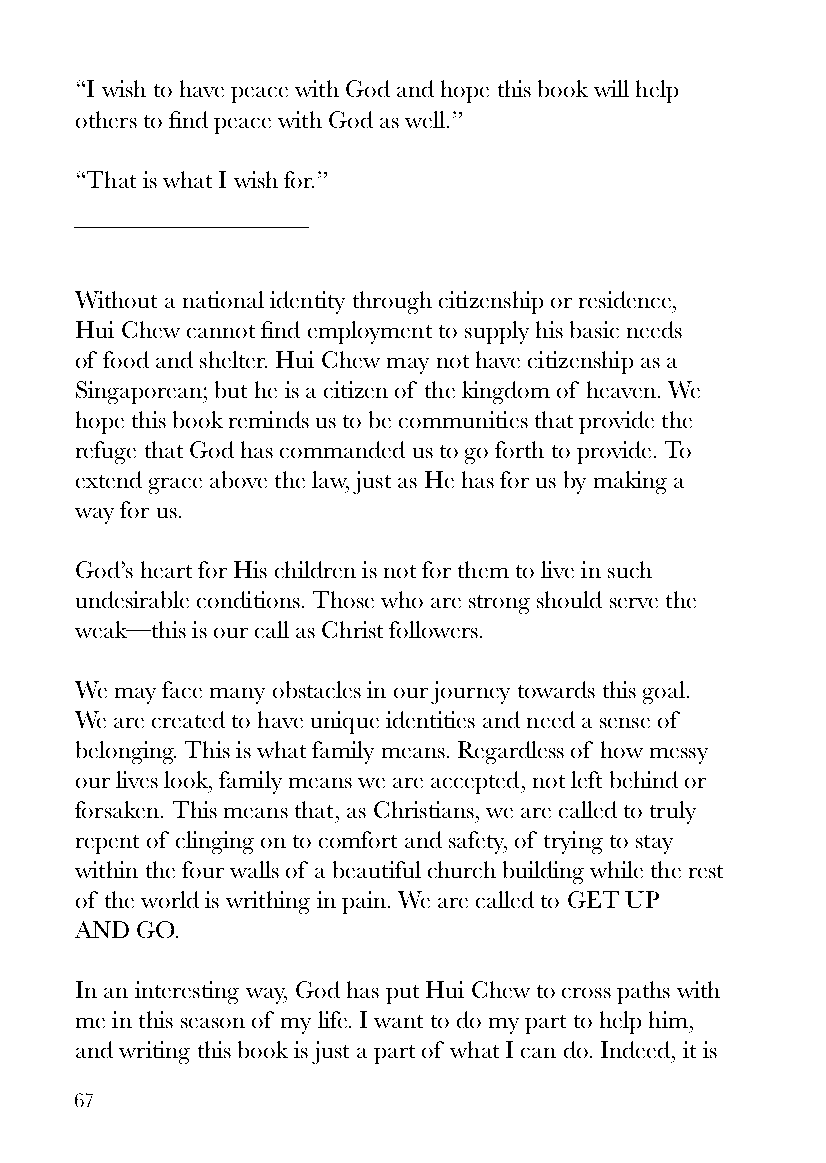
“I wish to have peace with God and hope this book will help
 others to find peace with God as well.”
 “That is what I wish for.”
 Without a national identity through citizenship or residence,
 Hui Chew cannot find employment to supply his basic needs
 of food and shelter. Hui Chew may not have citizenship as a
 Singaporean; but he is a citizen of the kingdom of heaven. We
 hope this book reminds us to be communities that provide the
 refuge that God has commanded us to go forth to provide. To
 extend grace above the law, just as He has for us by making a
 way for us.
 God’s heart for His children is not for them to live in such
 undesirable conditions. Those who are strong should serve the
 weak—this is our call as Christ followers.
 We may face many obstacles in our journey towards this goal.
 We are created to have unique identities and need a sense of
 belonging. This is what family means. Regardless of how messy
 our lives look, family means we are accepted, not left behind or
 forsaken. This means that, as Christians, we are called to truly
 repent of clinging on to comfort and safety, of trying to stay
 within the four walls of a beautiful church building while the rest
 of the world is writhing in pain. We are called to GET UP
 AND GO.
 In an interesting way, God has put Hui Chew to cross paths with
 me in this season of my life. I want to do my part to help him,
 and writing this book is just a part of what I can do. Indeed, it is
 67